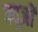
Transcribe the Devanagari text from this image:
क्यूज़ी